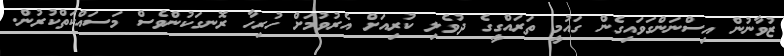
ޒުވާނުން އިސްނަންގަވައިގެން ގައުމީ ތަރައްގީގެ ދުވެލި ކުރިއަށް އެރުވުމަށް ހުރިހާ ރޮނގަކުންވެސް މަސައްކަތްކުރުން.